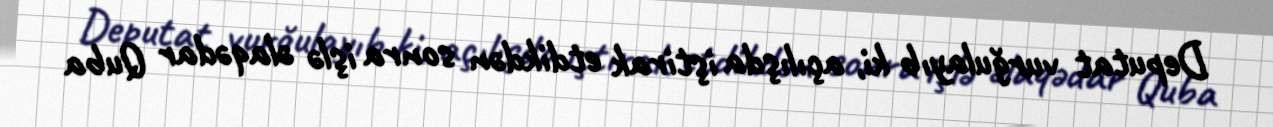
Deputat vurğulayıb ki, açılışda iştirak etdikdən sonra işlə əlaqədar Quba